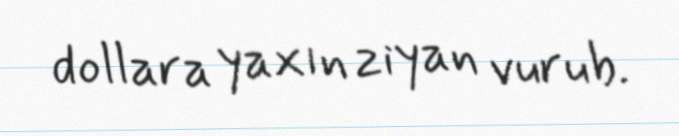
dollara yaxın ziyan vurub.